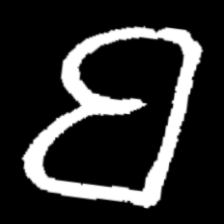
Pyu character \u2014 Myanmar letter: ဗ (romanized: ba)